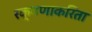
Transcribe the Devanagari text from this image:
रक्षणाकरिता